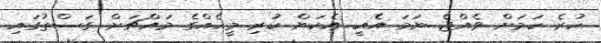
ހުރެ ކަމަށް ވެއްޖެ ނަމަ އެއީ އެކަން ކުރި މީހެއްގެ މައްޗަށް ގަސްތުގައި